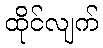
ထိုင်လျက်